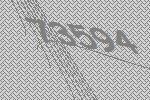
73594